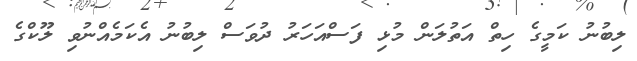
ލިބުނު ކަމީގެ ހިތް އަތުލަން މުޅި ފަސްއަހަރު ދުވަސް ލިބުނު އެކަމެއްނުވި ލޫކްގެ